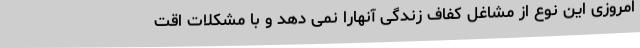
امروزی این نوع از مشاغل کفاف زندگی آنهارا نمی دهد و با مشکلات اقت